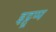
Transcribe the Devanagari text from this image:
इट्टूप्प